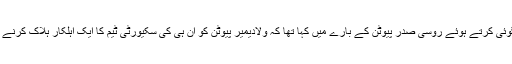
بابا وانگا نے پیشن گوئی کرتے ہوئے روسی صدر پیوٹن کے بارے میں کہا تھا کہ ولادیمیر پیوٹن کو ان ہی کی سکیورٹی ٹیم کا ایک اہلکار ہلاک کرنے کی کوشش کرے گا۔